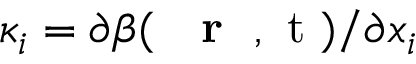
\kappa _ { i } = \partial \beta ( \mathrm { ~ { ~ \bf ~ r ~ } ~ , ~ t ~ } ) / \partial x _ { i }